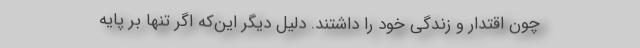
چون اقتدار و زندگی خود را داشتند. دلیل دیگر این‌که اگر تنها بر پایه